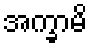
အက္ခာမိ